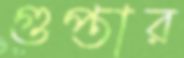
গুপ্তার